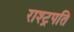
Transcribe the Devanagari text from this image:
राश्ट्रपति